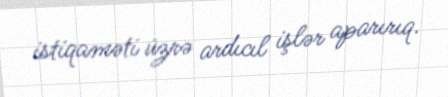
istiqaməti üzrə ardıcıl işlər aparırıq.